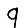
Digit: 9